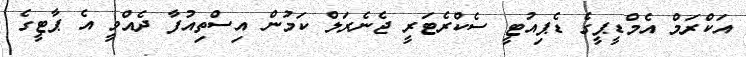
އަކްރަމް އެމްޑީޕީގެ ޑެޕިއުޓީ ސެކްރެޓަރީ ޖެނެރަލް ކަމުން އިސްތިއުފާ ދެއްވީ އެ ޕާޓީގެ